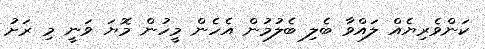
ކަންވެރިޔެއް ލައްވާ ބެލި ބެލުމުން އެހެން މީހުން މޮޔަ ވަނީ މި ރަށު